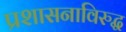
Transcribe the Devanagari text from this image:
प्रशासनाविरुद्ध